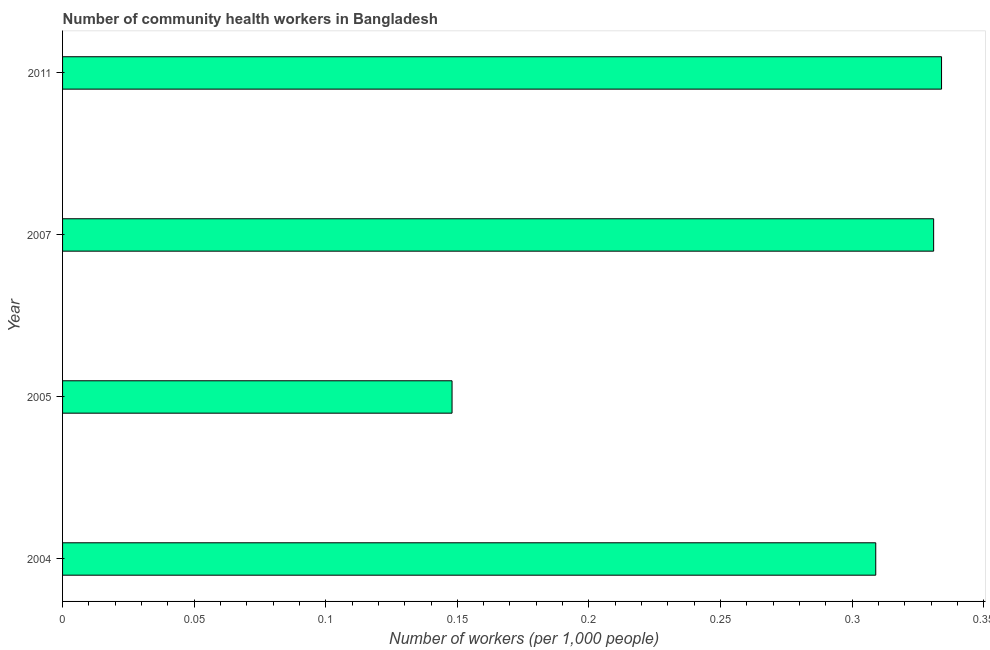
| Year | Community health workers |
 | --- | --- |
 | 2004 | 0.309 |
 | 2005 | 0.148 |
 | 2007 | 0.331 |
 | 2011 | 0.334 |